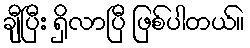
ချီပြီး ရှိလာပြီ ဖြစ်ပါတယ်။